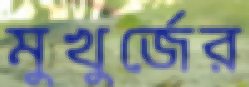
মুখুর্জের